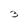
Character: 3